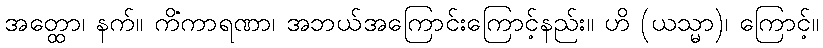
အတ္ထော၊ နက်။ ကိံကာရဏာ၊ အဘယ်အကြောင်းကြောင့်နည်း။ ဟိ (ယသ္မာ)၊ ကြောင့်။